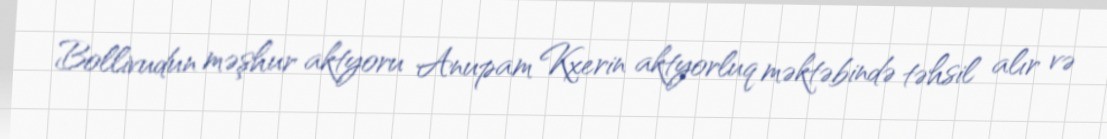
Bollivudun məşhur aktyoru Anupam Kxerin aktyorluq məktəbində təhsil alır və